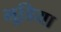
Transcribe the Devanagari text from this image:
भूडि़या